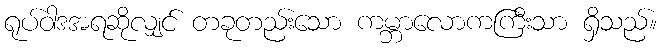
ရုပ်ဝါဒအရဆိုလျှင် တခုတည်းသော ကမ္ဘာလောကကြီးသာ ရှိသည်။